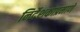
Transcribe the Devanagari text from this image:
निर्देशकाप्रमाणे